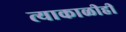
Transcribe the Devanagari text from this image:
त्याकाळीही